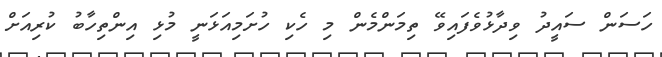
ހަސަން ސައީދު ވިދާޅުވެފައިވޭ ތިމަންމެން މި ހެކި ހުށަމިއަޅަނީ މުޅި އިންތިހާބު ކުރިއަށް